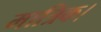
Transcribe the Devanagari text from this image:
मात्रिक।